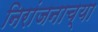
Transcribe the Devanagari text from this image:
निरांजनाच्या